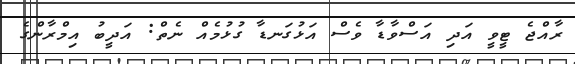
ރާއްޖެ ޓީވީ އަދި އަސްވާޑާ ވެސް އަޅުގަނޑާ ގުޅުމެއް ނެތް: އަދީބު އިމްރާންގެ